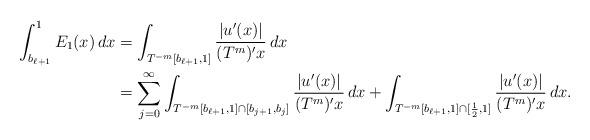
LaTeX: \begin{align*}\int_{b_{\ell+1}}^1 E_1(x) \, dx &= \int_{ T^{-m}[b_{\ell+1}, 1] } \frac{|u'(x)|}{(T^m)'x} \, dx \\ &= \sum_{j=0}^\infty \int_{ T^{-m}[b_{\ell+1}, 1] \cap [b_{j+1}, b_j] } \frac{|u'(x)|}{(T^m)'x} \, dx + \int_{ T^{-m}[b_{\ell+1}, 1] \cap [\frac12, 1] }\frac{|u'(x)|}{(T^m)'x} \, dx.\end{align*}